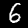
Label: 6